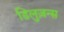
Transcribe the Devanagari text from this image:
डिलुज़न्स